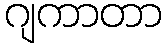
ဂျကာတာ